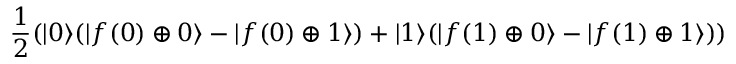
{ \frac { 1 } { 2 } } ( | 0 \rangle ( | f ( 0 ) \oplus 0 \rangle - | f ( 0 ) \oplus 1 \rangle ) + | 1 \rangle ( | f ( 1 ) \oplus 0 \rangle - | f ( 1 ) \oplus 1 \rangle ) )